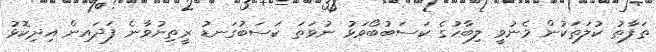
ތަފާތު ކުލަތަކުން މެނުވީ ލިބާހުގެ ކަސަބުބޯވަޅު ނުވަތަ ކަސަބުގަނޑު ރީތިނުވާނެ ފަދައިން އިދިކޮޅު